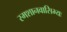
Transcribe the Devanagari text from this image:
स्मशानवासिभ्यः